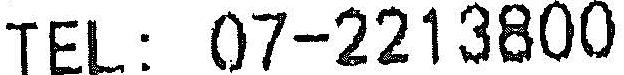
TEL: 07-2213800